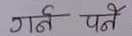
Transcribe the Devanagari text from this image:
गर्नुपर्ने